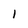
Character: 1